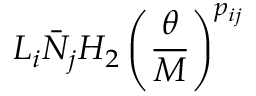
L _ { i } \bar { N } _ { j } H _ { 2 } \left( \frac { \theta } { M } \right) ^ { p _ { i j } }